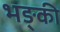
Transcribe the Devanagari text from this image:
भङ्की